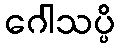
ဂေါသပ္ပိ